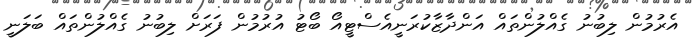
އެރުމުން ލިބުނު ގެއްލުންތައް އަންދާޒާކުރަނީއެސްޓީއޯ ބޯޓު އުރުމުން ފަރަށް ލިބުނު ގެއްލުންތައް ބަލަނީ